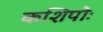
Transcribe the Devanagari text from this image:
कशिपोः